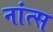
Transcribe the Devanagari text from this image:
नांत्स